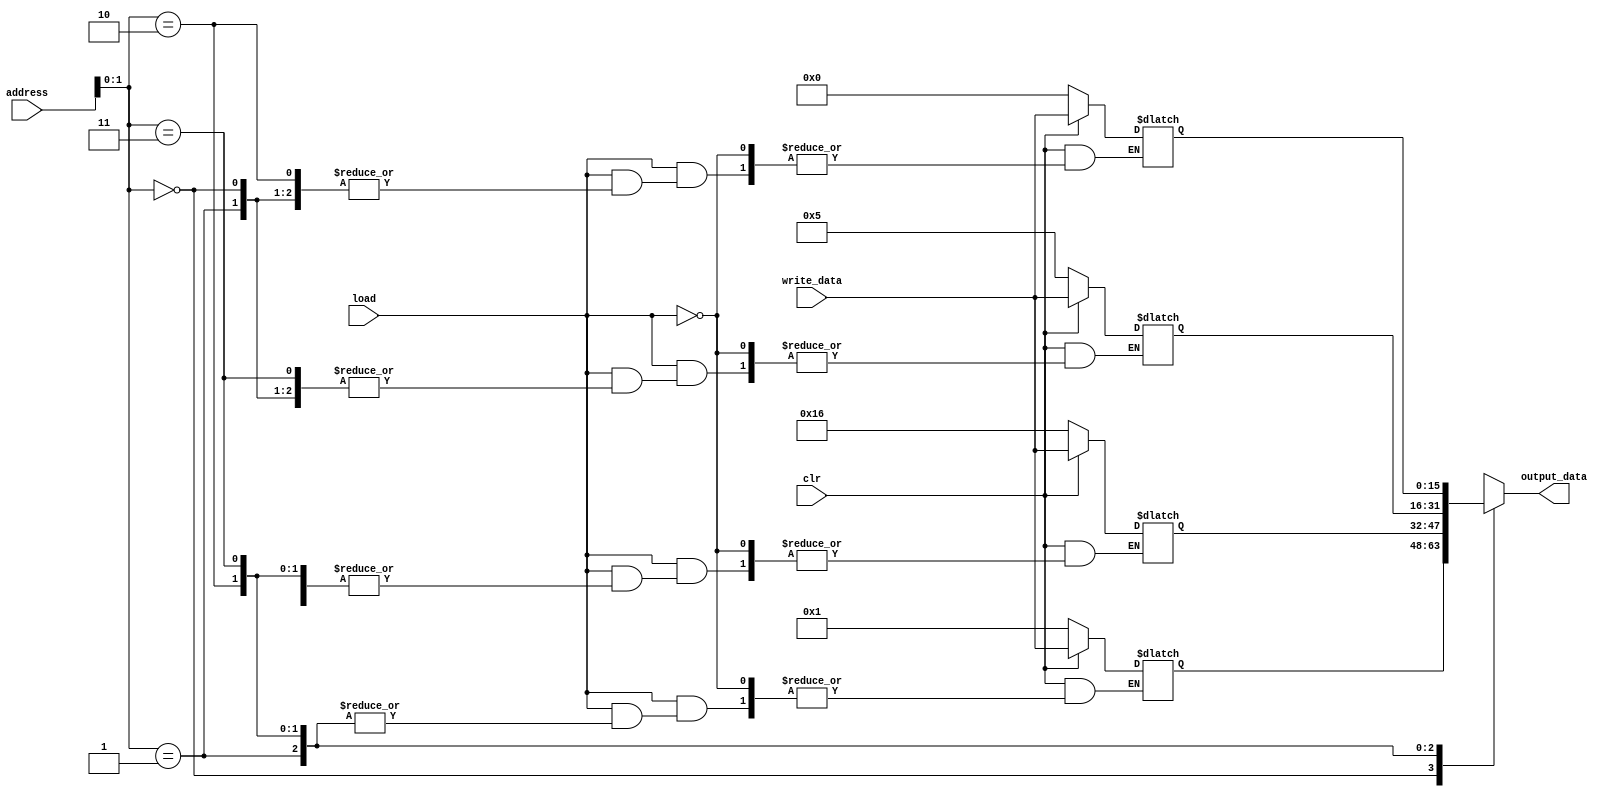
`timescale 1ns / 1ps

module data_memory(
	input [15:0] address,
	input [15:0] write_data,
	input load,
	input clr,
	output [15:0] output_data
);	
	reg [15:0] memory [3:0];
	reg [5:0] i;
	
	always@ (load, clr) begin
		if(load)
			memory[address] = write_data;
		if(!clr) begin
			memory[0] = 1;
			memory[1] = 22;
			memory[2] = 5;
			memory[3] = 0;
		end
	end
	/*
	assign memory[0] = 1;
	assign memory[1] = 0;
	assign memory[2] = 0;
	assign memory[3] = 0;*/
	assign output_data = memory[address];
endmodule